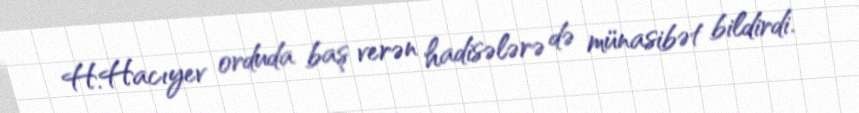
H.Hacıyev orduda baş verən hadisələrə də münasibət bildirdi.